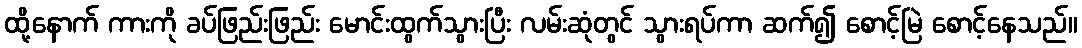
ထို့နောက် ကားကို ခပ်ဖြည်းဖြည်း မောင်းထွက်သွားပြီး လမ်းဆုံတွင် သွားရပ်ကာ ဆက်၍ စောင့်မြဲ စောင့်နေသည်။